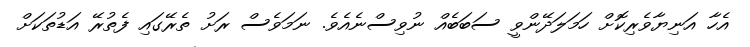
އެހާ އަނިޔާވެރިކޮށް ހަމަލަދޭންވީ ސަބަބެއް ނުވިސްނެއެވެ. ނަމަވެސް ރަށު ތެރޭގައި ފެތުރޭ އަޑުތަކަށް